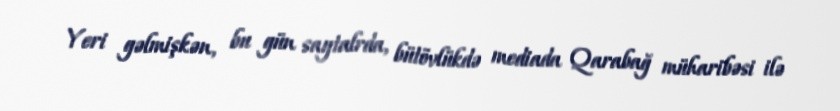
Yeri gəlmişkən, bu gün saytalrda, bütövlükdə mediada Qarabağ müharibəsi ilə